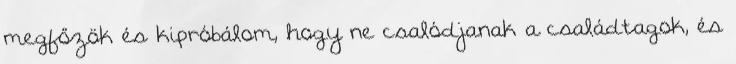
megfőzök és kipróbálom, hogy ne csalódjanak a családtagok, és